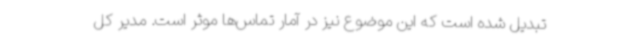
تبدیل شده است که این موضوع نیز در آمار تماس‌ها موثر است. مدیر کل